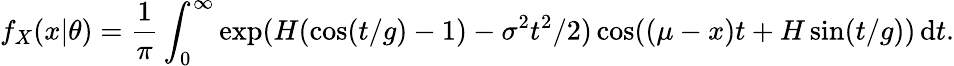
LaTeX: f_{X}(x|\theta)=\frac{1}{\pi}\int_{0}^{\infty}\exp(H(\cos(t/g)-1)-\sigma^{2}t^{2}/2)\cos((\mu-x)t+H\sin(t/g))\, \mathrm dt.